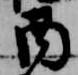
酉